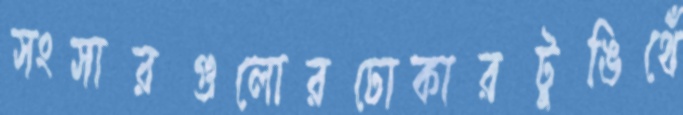
সংসারগুলোরঢোকারটুঙিথেঁ